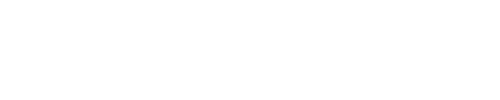
\fbox { \displaystyle \int _ { x _ { L } } ^ { x _ { R } } \mathrm { d } x \sqrt { \varepsilon - \Phi ^ { 2 } ( x ) } = \pi \left( n + \frac { 1 } { 2 } \pm \frac { \Delta } { 2 } \right) } \quad ,